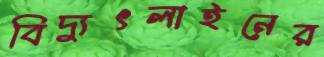
বিদ্যুৎলাইনের